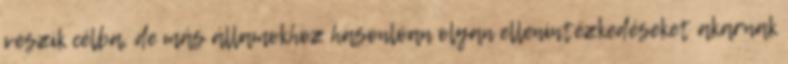
veszik célba, de más államokhoz hasonlóan olyan ellenintézkedéseket akarnak